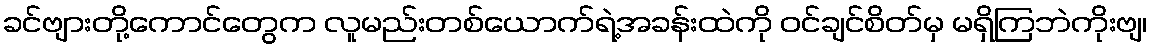
ခင်ဗျားတို့ကောင်တွေက လူမည်းတစ်ယောက်ရဲ့အခန်းထဲကို ဝင်ချင်စိတ်မှ မရှိကြဘဲကိုးဗျ၊